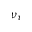
\nu _ { \tau }